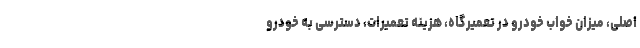
اصلی، میزان خواب خودرو در تعمیرگاه، هزینه تعمیرات، دسترسی به خودرو